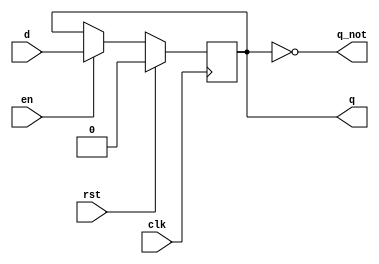
`timescale 1ns/10ps

module dff (input d,
	    input clk,
	    input rst,
       input en,
	    output reg q,
	    output q_not);

   always @ (posedge clk) begin //removed negedge reset...make sync
      if (rst) begin
	      q <= 0;
      end
      else begin
         if (en) begin
	         q <= d;
         end
         else begin
            q <= q;
         end
      end
   end

   assign q_not = ~q;
   
endmodule // dff
`timescale 1ns/10ps

module dff8bit (input [7:0] d,
	    input clk,
	    input rst,
       input en,
	    output reg [7:0] q);

   always @ (posedge clk) begin 
      if (rst) begin
	       q <= 8'b00000000;
      end
      else begin
	      if (en) begin
	         q <= d;
         end
         else begin
            q <= q;
         end
      end
   end
   
endmodule // dff